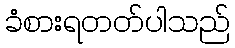
ခံစားရတတ်ပါသည်